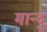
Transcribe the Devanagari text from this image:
मान्दु